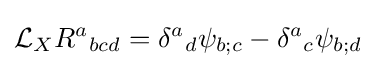
{\mathcal {L}}_{X}R^{a}{}_{bcd}=\delta ^{a}{}_{d}\psi _{b;c}-\delta ^{a}{}_{c}\psi _{b;d}